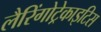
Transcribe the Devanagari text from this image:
लैरिंगोट्रेकाइटिस